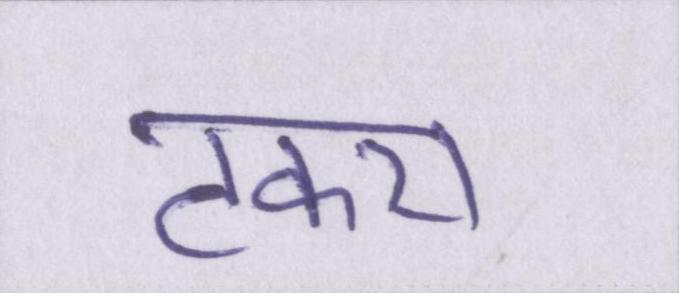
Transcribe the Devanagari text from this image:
टकरा